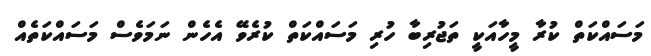
މަސައްކަތް ކުރާ މީހާއަކީ ތަޖުރިބާ ހުރި މަސައްކަތް ކުރެވޭ އެހެން ނަމަވެސް މަސައްކަތެއް